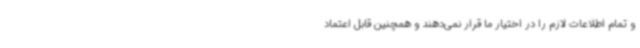
و تمام اطلاعات لازم را در اختیار ما قرار نمی‌دهند و همچنین قابل اعتماد